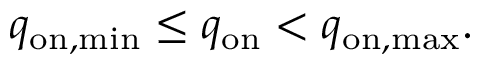
q _ { \mathrm { o n , m i n } } \leq q _ { \mathrm { o n } } < q _ { \mathrm { o n , m a x } } .